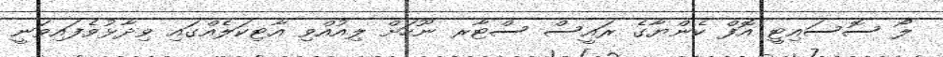
ލޯ ސޮސައިޓީ އޮފް ކެންޔާގެ ރައީސް ސްޓާރ ނޫހަށް ލިއުއްވި އާޓިކަލެއްގައި ވިދާޅުވެފައިވަނީ